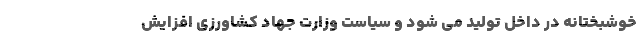
خوشبختانه در داخل تولید می شود و ‌سیاست وزارت جهاد کشاورزی افزایش